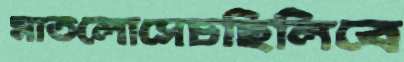
মাতলোসেচছিলিবে